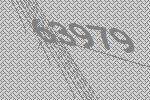
63979